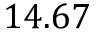
1 4 . 6 7